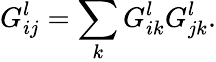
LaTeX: G_{ij}^{l}=\sum_{k}G_{ik}^{l}G_{jk}^{l}.